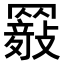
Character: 𦌤